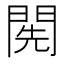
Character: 𨴐